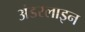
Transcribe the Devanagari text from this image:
अंडरलाइन